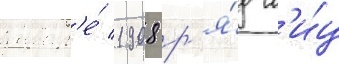
январ'е́ 1908 р'я́д л'и́ц